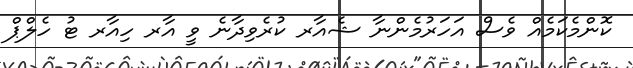
ކޮންމެކަމެއް ވެސް އަހަރުމެންނާ ޝެއާރ ކުރެވިދާނެ ވީ އާރ ހިިއާރ ޓު ހެލްޕް